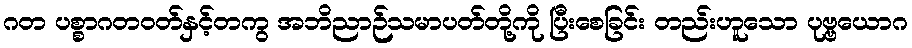
ဂတ ပစ္စာဂတဝတ်နှင့်တကွ အဘိညာဉ်သမာပတ်တို့ကို ပြီးစေခြင်း တည်းဟူသော ပုဗ္ဗယောဂ